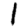
Digit: 1